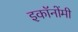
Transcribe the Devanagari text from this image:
इकॉनोंमी